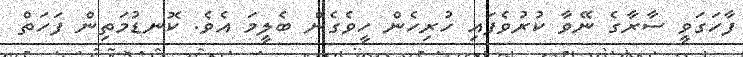
ފާހަގަވީ ސާރާގެ ނޭވާ ކުރުވެފައި ހުރިހެން ހީވެގެން ބެލީމަ އެވެ. ކޮނޑުމަތިން ފަހަތް